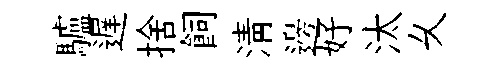
驢遅捨飼淸邊好汰乆